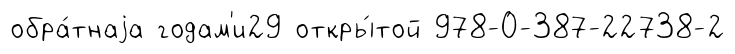
обра́тнаjа годам'и29 откры́той 978-0-387-22738-2